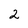
Character: 2